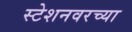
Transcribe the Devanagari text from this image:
स्टेशनवरच्या